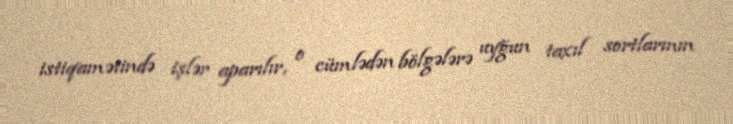
istiqamətində işlər aparılır, o cümlədən bölgələrə uyğun taxıl sortlarının